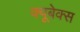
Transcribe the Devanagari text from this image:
क्यूबेक्स